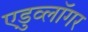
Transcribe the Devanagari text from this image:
एडुव्लॉगर